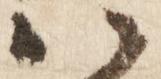
い